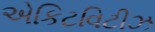
એકિટવિટીઝ